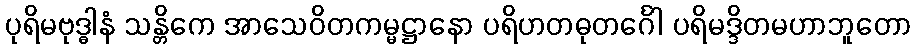
ပုရိမဗုဒ္ဓါနံ သန္တိကေ အာသေဝိတကမ္မဋ္ဌာနော ပရိဟတဓုတင်္ဂေါ ပရိမဒ္ဒိတမဟာဘူတော